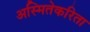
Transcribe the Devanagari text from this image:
अस्मितेकरिता